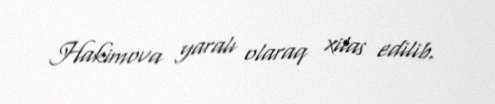
Hakimova yaralı olaraq xilas edilib.